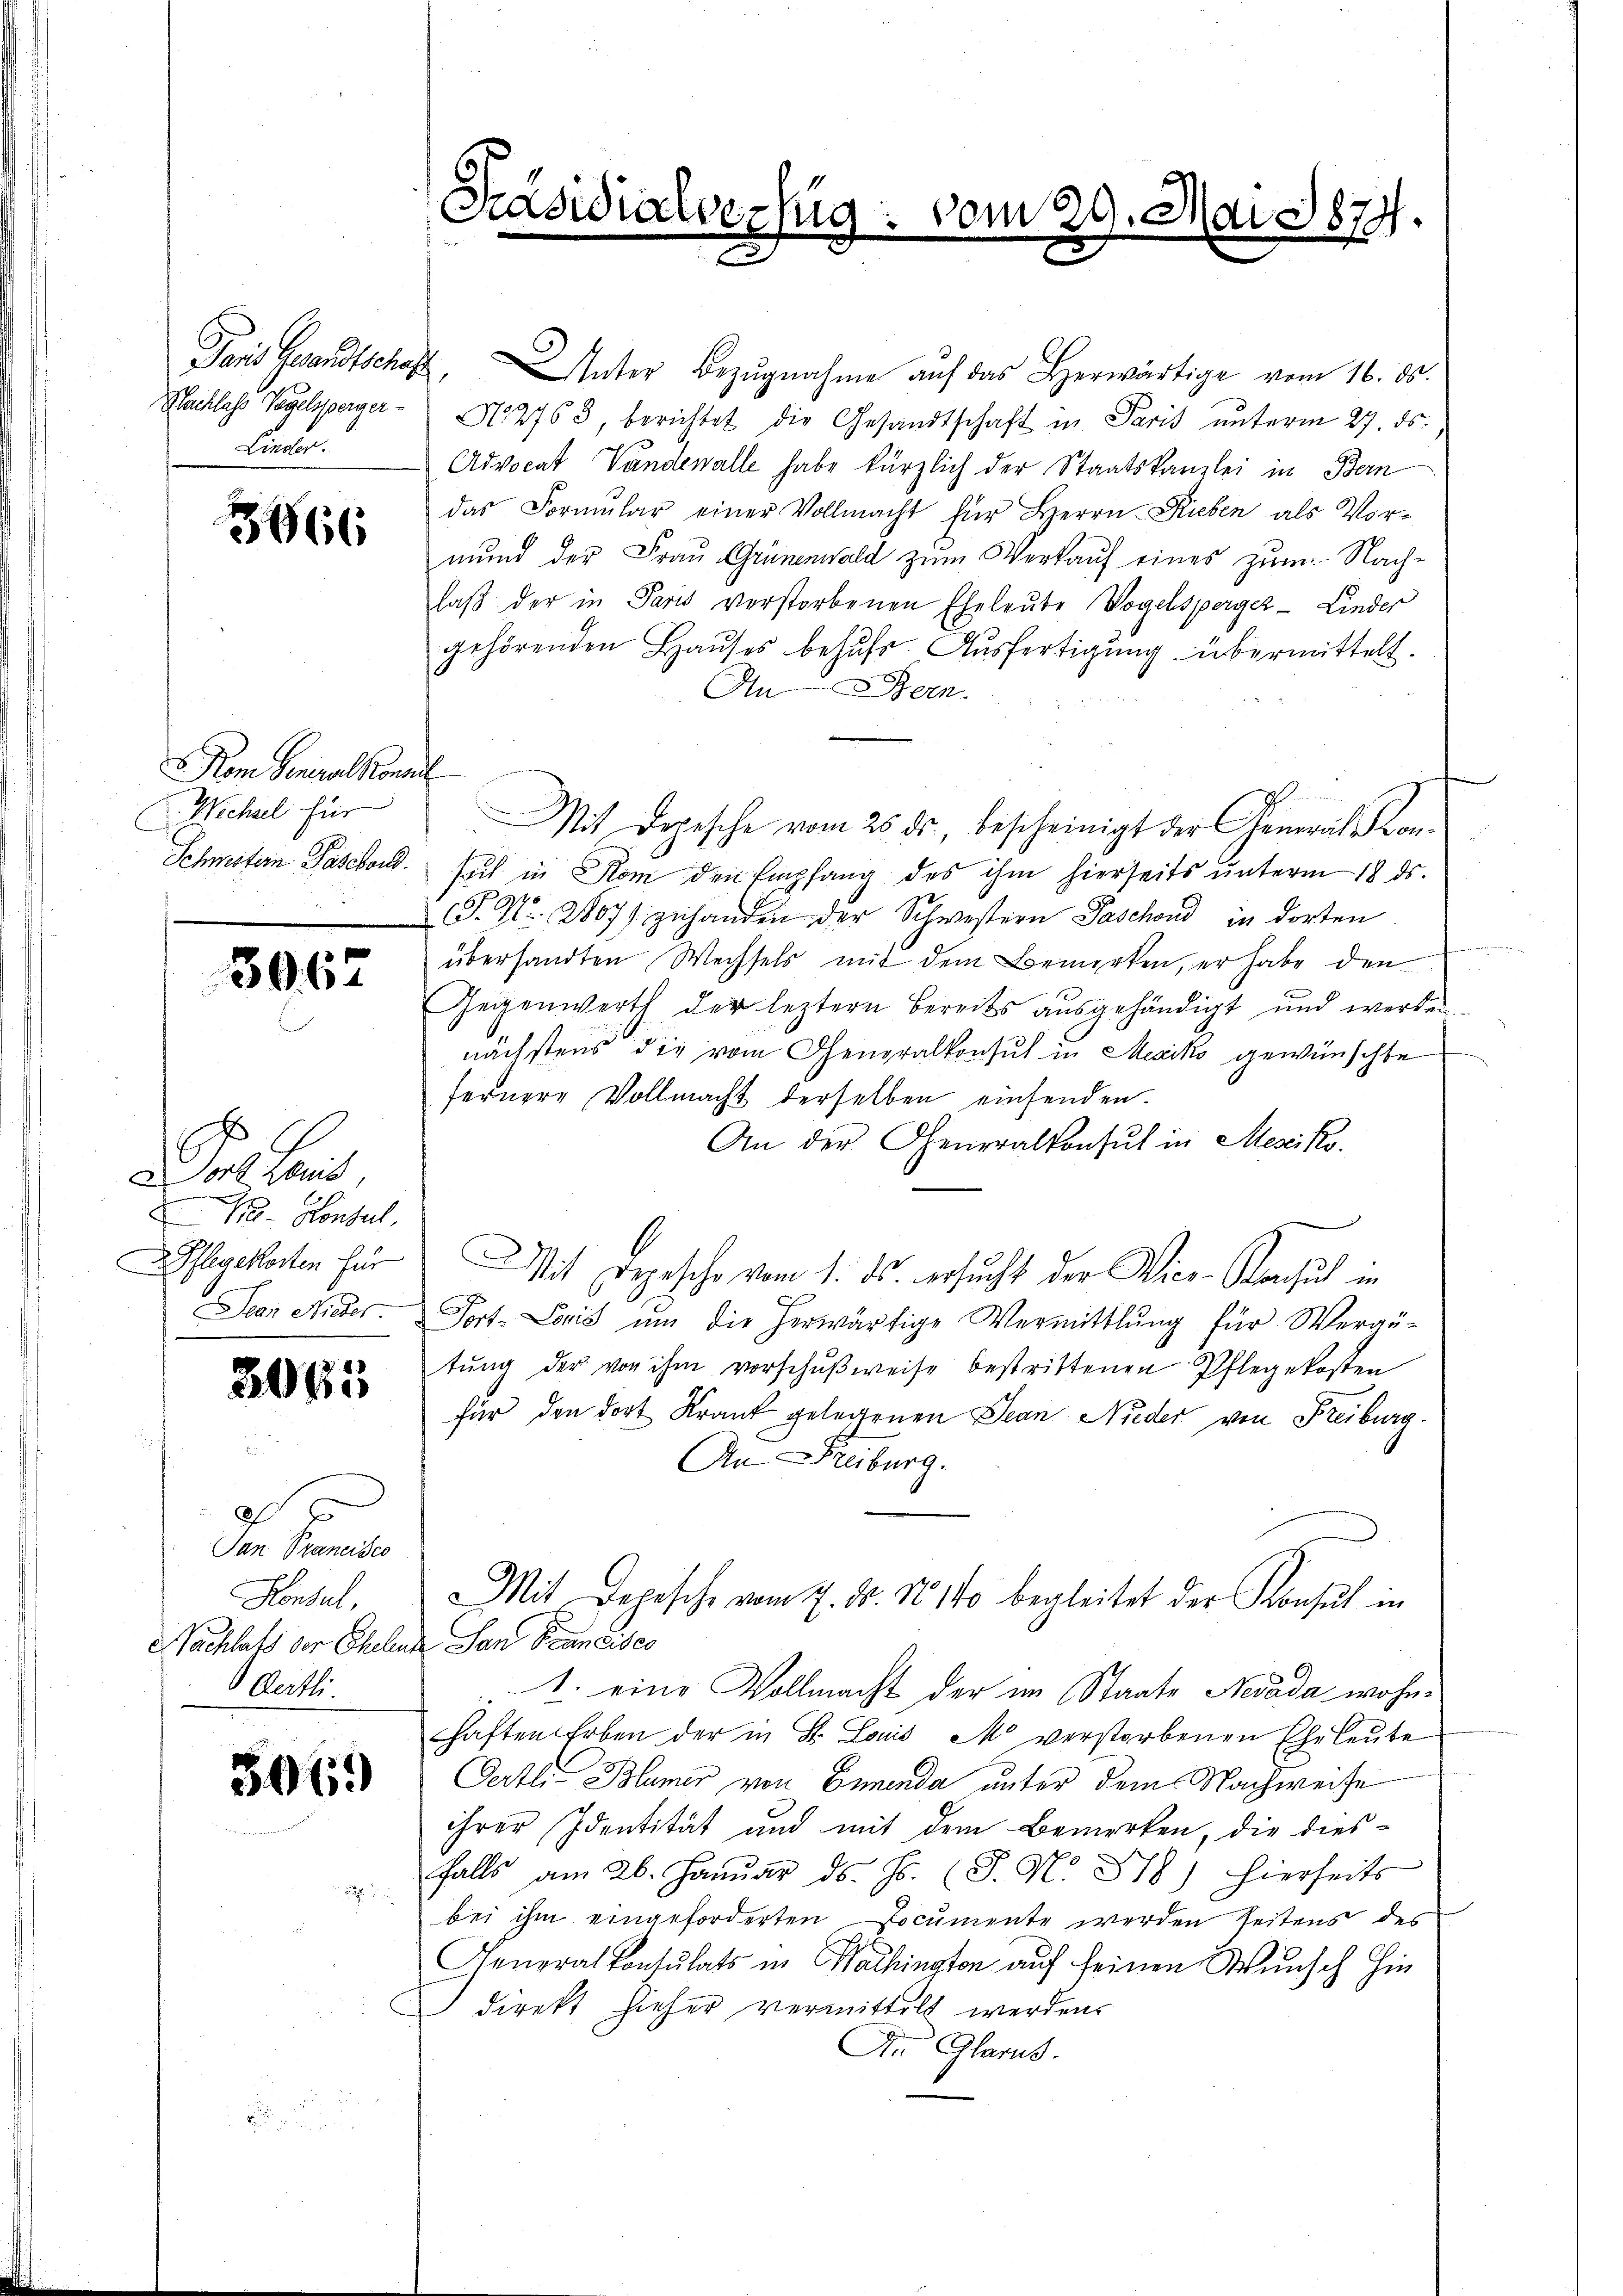
Paris Gesandtschaf
Liber.

e
666

Rem Generalkonseil
 Wechsel für

3062

6
Dor Louis,
M. Konsul,

2065

0 x
San Prancisco
Honsul,
Aecht.

3069)

Unter Bezŭgnahme aŭf das Herwärtige vom 16. ds.
Nachlass Vogelsperger N. 2763, berichtet die Gesandtschaft in Paris ŭnterm 27. ds.
Advocat Vandenalle habe kürzlich der Staatskanzlei in Bern
das Formŭlar einer Vollmacht für Herrn Rieben als Vormund der Frau Grünenwald zum Werkauf eines zum Nachlaß der in Paris verstorbenen Eheleute Vogelsperger-Linder
gehörenden Haŭses behŭfs Aŭsfertigŭng übermittelt.
An ein.

Mit Depesche vom 25. ds., bescheinigt der Generals Kon¬
Schmestern Paschon sich in Rom den Empfang des ihm hierseits unterm 18. ds.
P. Nr. 2807 zuhanden der Schwestern Paschond in dorten
übersandten Wechsels mit dem Bemerken, er habe den
Gegenwerth der leztern Bereits ausgehändigt und werden.
nächstens die vom Generalkonsul in Mexiko gewünschte
fernere Vollmacht derselben einsenden.
An der Generalkonsul in Mesiko
gekosten für Mit Depesche vom 1. ds. ersucht der Vice-Konsul in
Jean Nieder. Fort-Louis ŭm die herwärtige Vermittlung für Werge-
tŭng der von ihm vorschŭβweise bestrittenen Pflegekosten
für den dort Krank gelegenen Jean Nieder von Freiburg.
An Freiburg.
Mit Depesche vom 7. ds. No 110 begleitet der Konsul in
Nachlatz der Eheleute San Francisco
1. eine Vollmacht der im Staate Nevada wohnhaften Erben der in B. Lauis, M. verstorbenen Eheleute
Oertli- Blümer von Ennenda unter dem Nachweise
ihrer Identität und mit dem Bemerken, die dies-
falls am 26. Janŭar ds. Js. (T. N. 318) hierheits

bei ihm eingeforderten Documente werden seitens des
Generalkonsulats in Wachington auf seinen Wunsch hin
direkt hieher vermittelt werden.
An Glarus.

Präsidialverzug

vom 20.

3

Ai § 879.